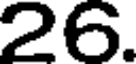
26.